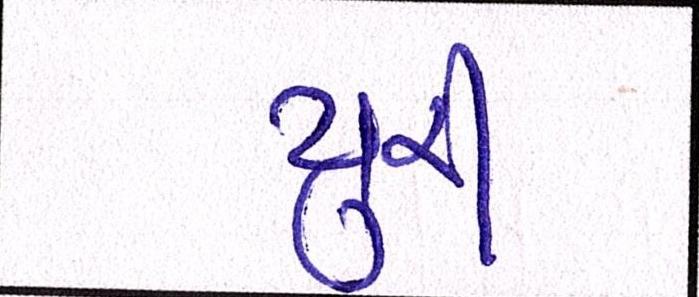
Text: યુરી